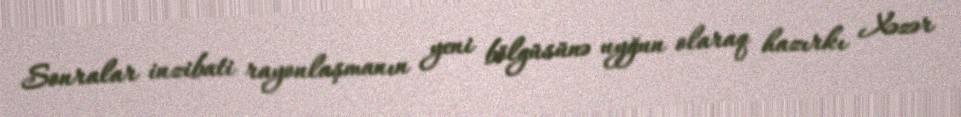
Sonralar inzibati rayonlaşmanın yeni bölgüsünə uyğun olaraq hazırkı Xəzər